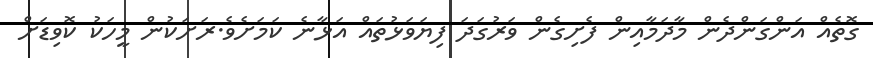
ގޮތެއް އަންގަންދެން މާދަމާއިން ފެށިގެން ވަރުގަދަ ފިޔަވަޅުތައް އަޅާނެ ކަމަށެވެ.ރަށަކުން މީހަކު ކޮވިޑަށް